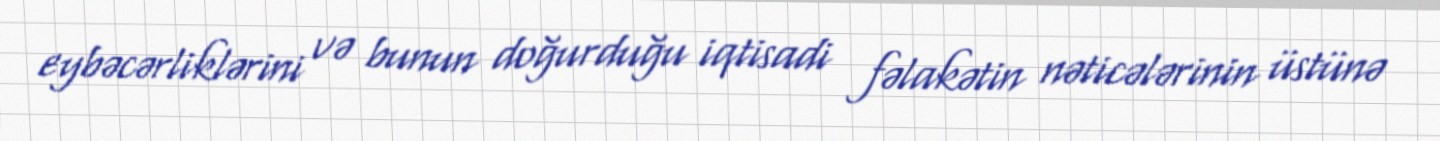
eybəcərliklərini və bunun doğurduğu iqtisadi fəlakətin nəticələrinin üstünə